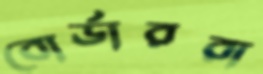
বোর্ডাররা